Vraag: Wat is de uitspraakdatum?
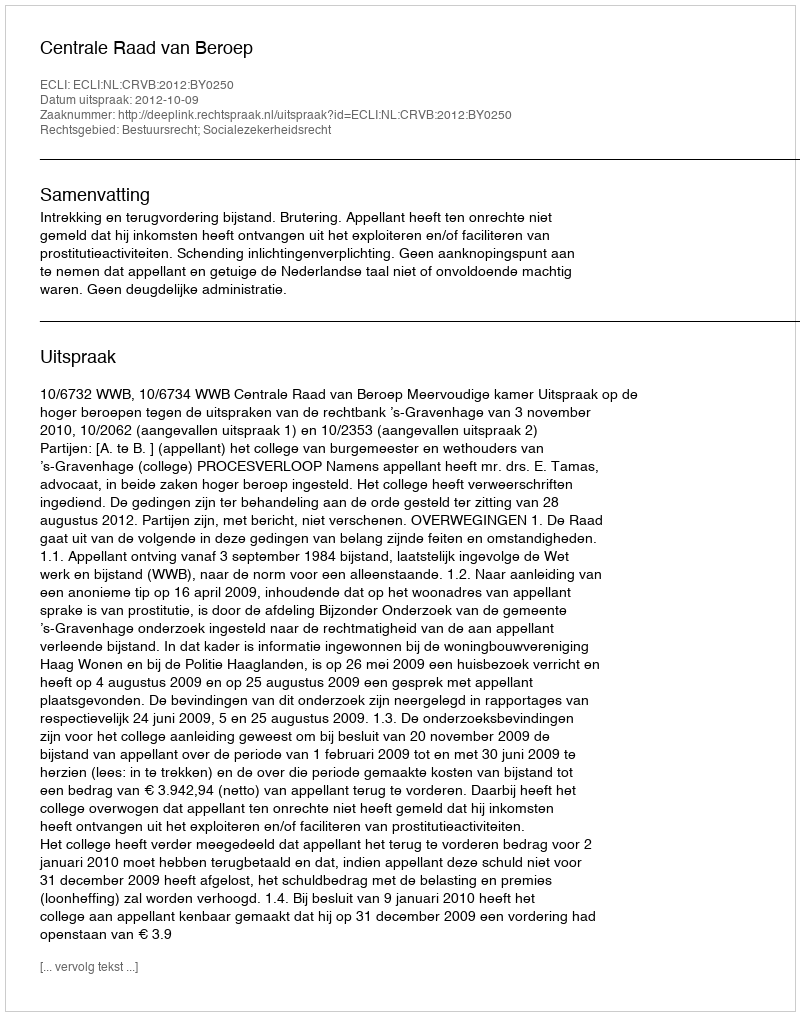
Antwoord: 2012-10-09